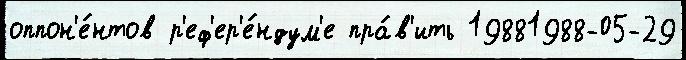
оппон'е́нтов р'еф'ер'е́ндум'е пра́в'ить 19881988-05-29